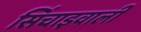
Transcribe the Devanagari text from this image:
सिंचाइवाली